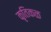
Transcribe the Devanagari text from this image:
कृतिकळ